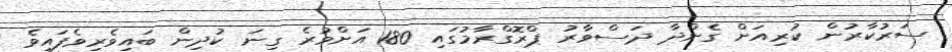
ސަރުކާރުން ކުރިއަށް ގެންދާ ދަސްވާރު ޕްރޮގްރާމުގައި 180 އަށްވުރެ ގިނަ ކުދިން ބައިވެރިވެފައިވެ